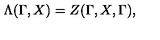
\Lambda ( \Gamma , X ) = Z ( \Gamma , X , \Gamma ) ,